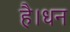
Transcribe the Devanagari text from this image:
है।धन